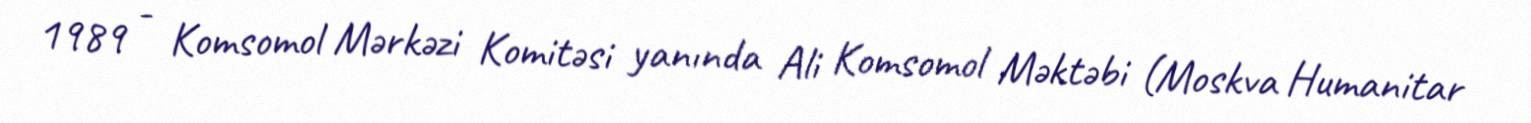
1989 - Komsomol Mərkəzi Komitəsi yanında Ali Komsomol Məktəbi (Moskva Humanitar